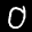
Label: 0